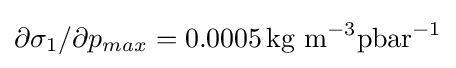
\partial \sigma _{1}/\partial p_{max}=0.0005\,{\text{kg m}}^{-3}{\text{pbar}}^{-1}